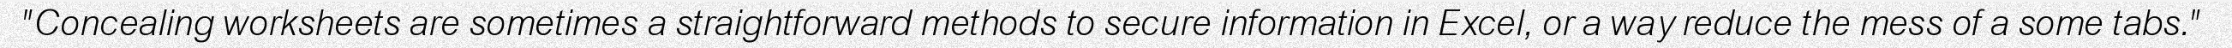
"Concealing worksheets are sometimes a straightforward methods to secure information in Excel, or a way reduce the mess of a some tabs."